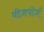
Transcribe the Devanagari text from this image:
वीज़पोर्ज़